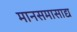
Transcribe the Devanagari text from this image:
मानसमासाद्य